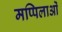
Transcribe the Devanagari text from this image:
मप्पिलाओं